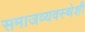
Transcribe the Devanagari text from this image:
समाजव्यवस्थेशी